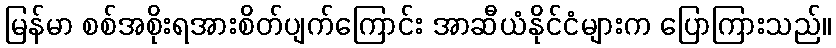
မြန်မာ စစ်အစိုးရအားစိတ်ပျက်ကြောင်း အာဆီယံနိုင်ငံများက ပြောကြားသည်။